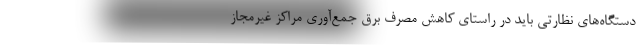
دستگاه‌های نظارتی باید در راستای کاهش مصرف برق جمع‌آوری مراکز غیرمجاز